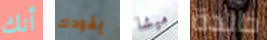
أنك يقودك ميشا خالدة